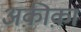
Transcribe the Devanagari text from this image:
अक़ीक़ा